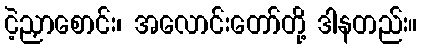
ငဲ့ညှာစောင်း၊ အလောင်းတော်တို့ ဒါနတည်း။